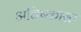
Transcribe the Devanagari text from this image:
अविष्कारत